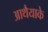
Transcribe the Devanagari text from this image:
आथैयाके